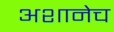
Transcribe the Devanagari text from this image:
अशानेच